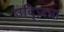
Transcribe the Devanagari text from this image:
उद्ज़िमा